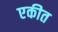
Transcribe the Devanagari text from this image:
एकीत